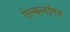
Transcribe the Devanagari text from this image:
ऐल्कलॉएड